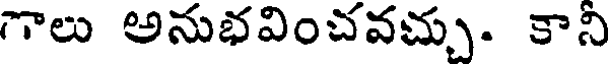
గాలు అనుభవించవచ్చు. కాని